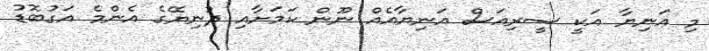
މި އަނިޔާ އަކީ ސީރިއަސް އަނިޔާއެއް ނޫން ކަމަށާއި ދުނިޔޭގެ އެންމެ އަގުބޮޑު